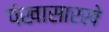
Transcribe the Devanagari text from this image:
पंखासारखे